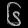
Digit: ၆